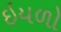
ઇયળો